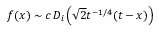
f ( x ) \sim c \, D _ { i } \left( \sqrt { 2 } t ^ { - 1 / 4 } ( t - x ) \right)